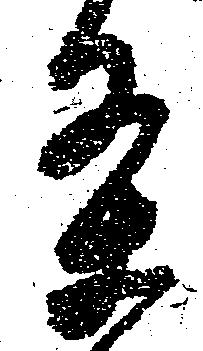
条